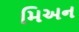
મિઅન